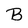
Character: B